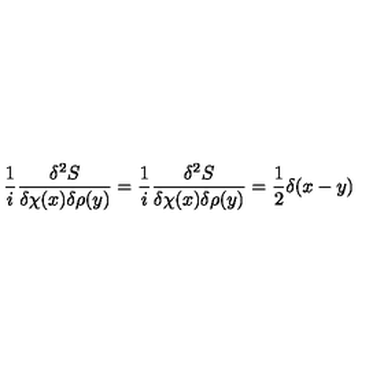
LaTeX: \frac { 1 } { i } \frac { \delta ^ { 2 } S } { \delta \chi ( x ) \delta \rho ( y ) } = \frac { 1 } { i } \frac { \delta ^ { 2 } S } { \delta \chi ( x ) \delta \rho ( y ) } = \frac { 1 } { 2 } \delta ( x - y )